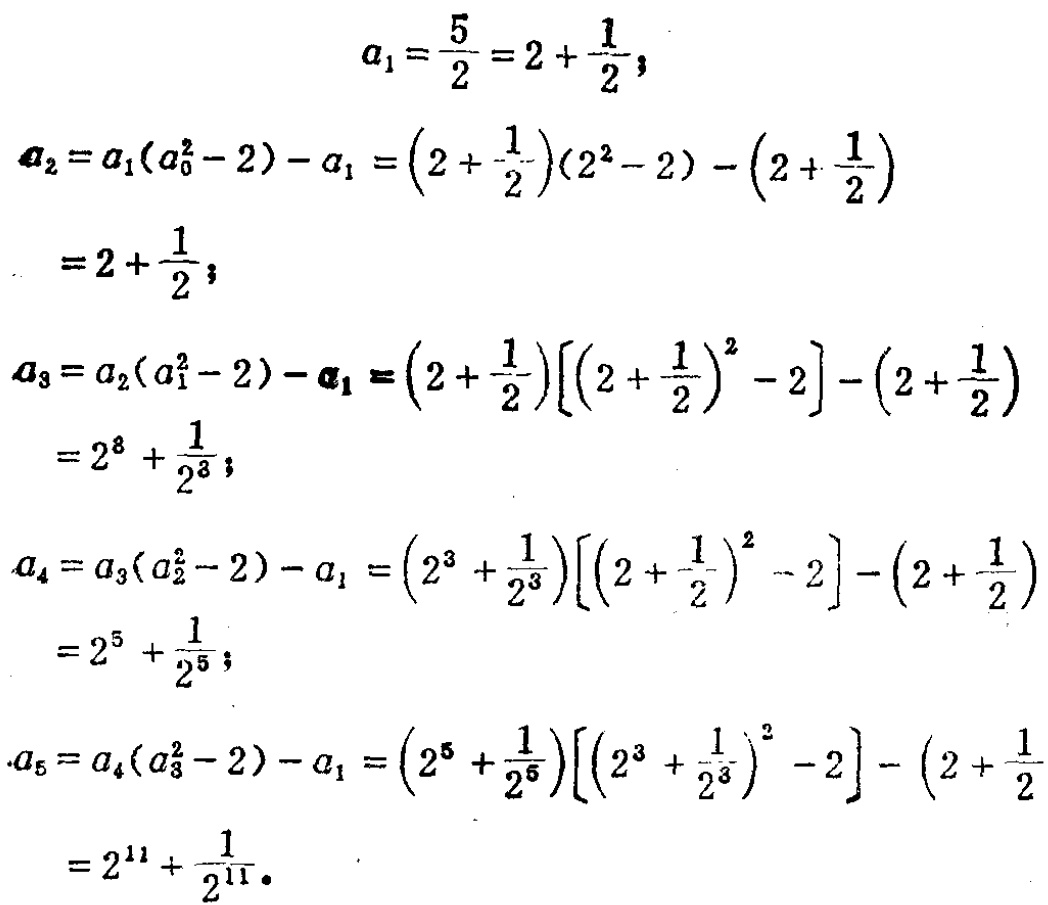
\[

\begin{align*}

a_1&=\frac{5}{2}=2 + \frac{1}{2}\\

a_2&=a_1(a_0^2 - 2)-a_1=(2+\frac{1}{2})(2^2 - 2)-(2+\frac{1}{2})\\

&=2+\frac{1}{2}\\

a_3&=a_2(a_1^2 - 2)-a_1=(2+\frac{1}{2})[(2+\frac{1}{2})^2 - 2]-(2+\frac{1}{2})\\

&=2^3+\frac{1}{2^3}\\

a_4&=a_3(a_2^2 - 2)-a_1=(2^3+\frac{1}{2^3})[(2+\frac{1}{2})^2 - 2]-(2+\frac{1}{2})\\

&=2^5+\frac{1}{2^5}\\

a_5&=a_4(a_3^2 - 2)-a_1=(2^5+\frac{1}{2^5})[(2^3+\frac{1}{2^3})^2 - 2]-(2+\frac{1}{2})\\

&=2^{11}+\frac{1}{2^{11}}

\end{align*}

\]